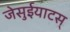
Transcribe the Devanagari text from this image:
जेसुईयाटस्